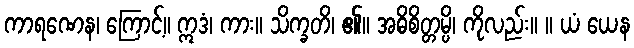
ကာရဏေန၊ ကြောင့်။ ဣဒံ၊ ကား။ သိက္ခတိ၊ ၏။ အဓိစိတ္တမ္ပိ၊ ကိုလည်း။ ။ ယံ ယေန